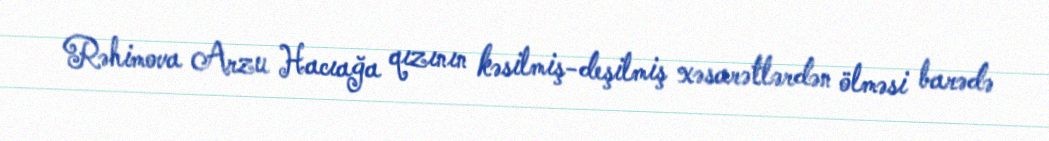
Rəhimova Arzu Hacıağa qızının kəsilmiş-deşilmiş xəsarətlərdən ölməsi barədə